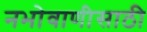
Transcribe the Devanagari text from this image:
नभोवाणीसाठी